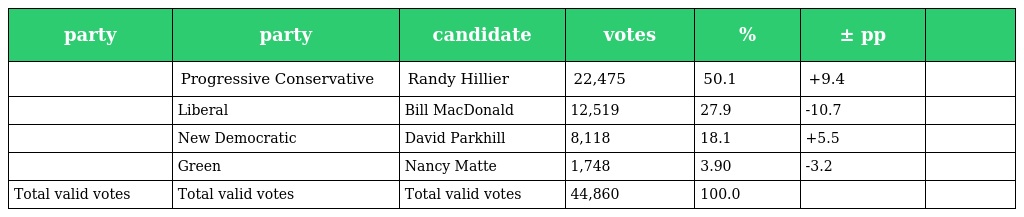
| party | party | candidate | votes | % | ± pp |  |
 | --- | --- | --- | --- | --- | --- | --- |
 |  | Progressive Conservative | Randy Hillier | 22,475 | 50.1 | +9.4 |  |
 |  | Liberal | Bill MacDonald | 12,519 | 27.9 | -10.7 |  |
 |  | New Democratic | David Parkhill | 8,118 | 18.1 | +5.5 |  |
 |  | Green | Nancy Matte | 1,748 | 3.90 | -3.2 |  |
 | Total valid votes | Total valid votes | Total valid votes | 44,860 | 100.0 |  |  |